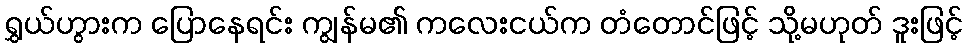
ရွှယ်ဟွားက ပြောနေရင်း ကျွန်မ၏ ကလေးငယ်က တံတောင်ဖြင့် သို့မဟုတ် ဒူးဖြင့်